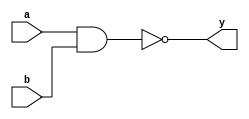
module _nand2(y, a, b);
	//output port
	output y;
	// input ports
	input a, b;
	
	assign y = !(a&b); // y is the calculated negation of the AND function operated by 'a' and 'b'.
	
endmodule

module _inv(y, a); 
	
	//output port
	output y;
	//input port
	input a;
	
	assign y = !a; // y is the calculated negation of the NOT function operated by 'a'.
	
endmodule